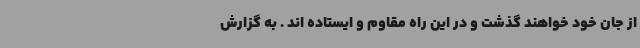
از جان خود خواهند گذشت و در این راه مقاوم و ایستاده اند . به گزارش